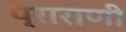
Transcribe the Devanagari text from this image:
प्राराणी